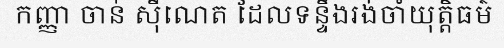
កញ្ញា ចាន់ ស៊ីណេត ដែលទន្ទឹងរង់ចាំយុត្តិធម៌